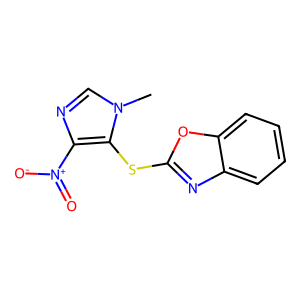
SMILES: Cn1cnc([N+](=O)[O-])c1Sc1nc2ccccc2o1
Inhibits HIV replication: No